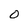
Character: 0